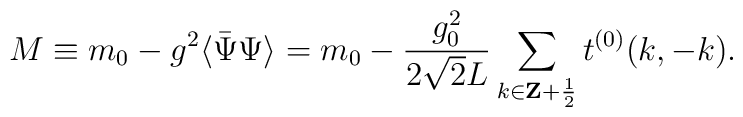
M\equiv m_0-g^2\langle \bar\Psi\Psi\rangle = m_0-\frac{g^2_0}{2\sqrt{2}L}\sum_{k\in{\bf Z}+\frac{1}{2}}t^{(0)}(k,-k).